Lunatic asylums in Bengal annual reports 1912-1924 - 1912-1924
Year: 1912
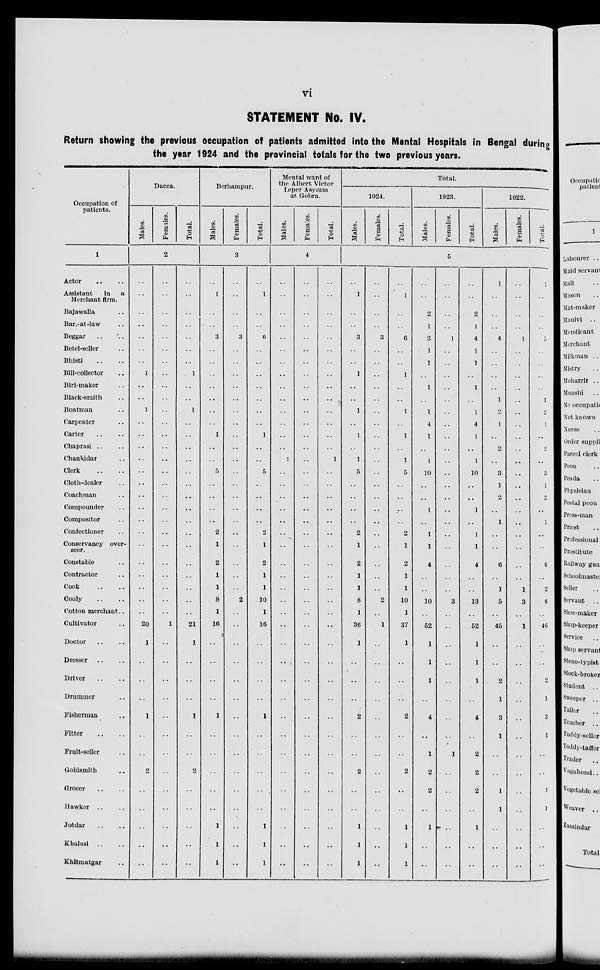
vi
STATEMENT No. IV.
Return showing the previous occupation of patients admitted into the Mental Hospitals in Bengal during
the year 1924 and the provincial totals for the two previous years.
Occupation of
patients.
1
Actor .. ..
Assistant
in
a
Merchant firm.
Bajawalla ..
Bar.-at-law ..
Beggar .. ..
Betel-seller ..
Bhisti .. ..
Bill-collector ..
Biri-maker ..
Black-smith ..
Boatman ..
Carpenter ..
Carter .. ..
Chaprasi .. ..
Chaukidar .. ..
Clerk .. ..
Cloth-dealer ..
Coachman ..
Compounder ..
Compositor ..
Confectioner ..
Conservancy over-
seer.
Constable ..
Contractor ..
Cook .. ..
Cooly .. ..
Cotton merchant..
Cultivator ..
Doctor .. ..
Dresser .. ..
Driver .. ..
Drummer ..
Fisherman ..
Fitter .. ..
Fruit-seller ..
Goldsmith
Grocer
Hawker .. ..
Jotdar .. ..
Khulasi .. ..
Khitmatgar ..
Dacca.
Males.
Females.
Total.
2
..
..
..
..
..
..
..
1
..
..
1
..
..
..
..
..
..
..
..
..
..
..
..
..
..
..
..
20
1
..
..
..
1
..
..
2
..
..
..
..
..
..
..
..
..
..
..
..
..
..
..
..
..
..
..
..
..
..
..
..
..
..
..
..
..
..
..
..
1
..
..
..
..
..
..
..
..
..
..
..
..
..
..
..
..
..
..
..
..
1
..
..
1
..
..
..
..
..
..
..
..
..
..
..
..
..
..
..
..
21
1
..
..
..
1
..
..
2
..
..
..
..
..
Berhampur.
Males.
Females.
Total.
3
..
1
..
..
3
..
..
..
..
..
..
..
1
..
..
5
..
..
..
..
2
1
2
1
1
8
1
16
..
..
..
..
1
..
..
..
..
..
1
1
1
..
..
..
..
3
..
..
..
..
..
..
..
..
..
..
..
..
..
..
..
..
..
..
..
..
2
..
..
..
..
..
..
..
..
..
..
..
..
..
..
..
..
1
..
..
6
..
..
..
..
..
..
..
1
..
..
5
..
..
..
..
2
1
2
1
1
10
1
16
..
..
..
..
1
..
..
..
..
..
1
1
1
Mental ward of
the Albert Victor
Leper Asylum
at Gobra.
Males.
Females.
Total.
4
..
..
..
..
..
..
..
..
..
..
..
..
..
..
1
..
..
..
..
..
..
..
..
..
..
..
..
..
..
..
..
..
..
..
..
..
..
..
..
..
..
..
..
..
..
..
..
..
..
..
..
..
..
..
..
..
..
..
..
..
..
..
..
..
..
..
..
..
..
..
..
..
..
..
..
..
..
..
..
..
..
..
..
..
..
..
..
..
..
..
..
..
..
..
..
..
1
..
..
..
..
..
..
..
..
..
..
..
..
..
..
..
..
..
..
..
..
..
..
..
..
..
..
Total.
1924.
Males.
Females.
Total.
1923.
Males.
Females.
Total.
1922.
Males.
Females.
Total.
5
..
1
..
..
3
..
..
1
..
..
1
..
1
..
1
5
..
..
..
..
2
1
2
1
1
8
1
36
1
..
..
..
2
..
..
2
..
..
1
1
1
..
..
..
..
3
..
..
..
..
..
..
..
..
..
..
..
..
..
..
..
..
..
..
..
..
2
..
1
..
..
..
..
..
..
..
..
..
..
..
..
..
..
1
..
6
..
..
1
..
..
1
..
1
..
1
5
..
..
..
..
2
1
2
1
1
10
1
37
1
..
..
..
2
..
..
2
..
..
1
1
1
..
..
2
1
3
1
1
..
1
..
1
4
1
..
1
10
..
..
1
..
1
1
4
..
..
10
..
52
1
1
1
..
4
..
1
2
2
..
1
..
..
..
..
..
..
1
..
..
..
..
..
..
..
..
..
..
..
..
..
..
..
..
..
..
..
..
3
..
..
..
..
..
..
..
..
1
..
..
..
..
..
..
..
..
2
1
4
1
1
..
1
..
1
4
1
..
1
10
..
..
1
..
1
1
4
..
..
13
..
52
1
1
1
..
4
..
2
2
2
..
1
..
..
1
..
..
..
4
..
..
..
..
1
2
1
..
2
..
3
1
2
..
1
..
..
6
..
1
5
..
45
..
..
2
1
3
1
..
..
1
1
..
..
..
..
..
..
..
1
..
..
..
..
..
..
..
..
..
..
..
..
..
..
..
..
..
..
..
1
3
..
1
..
..
..
..
..
..
..
..
..
..
..
..
..
1
..
..
..
5
..
..
..
..
1
2
1
..
2
..
3
1
2
..
1
..
..
6
..
2
8
..
46
..
..
2
1
3
1
..
..
1
1
..
..
..